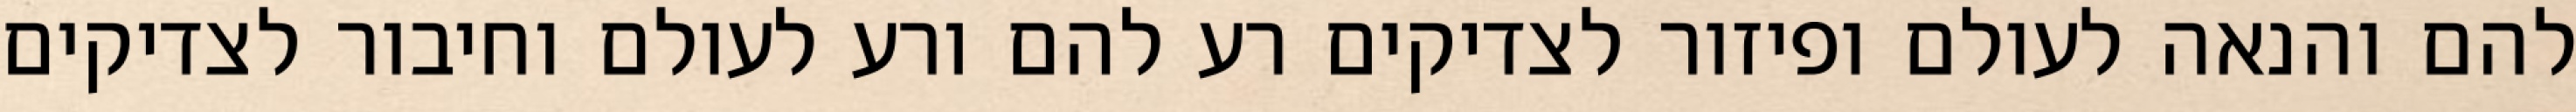
להם והנאה לעולם ופיזור לצדיקים רע להם ורע לעולם וחיבור לצדיקים